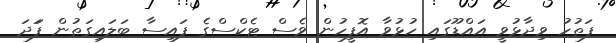
ފަތުުހު ވިދާޅުވީ އައްޑޫގައި ހުޅުވާ އޮފީހުން ވެސް ޓެކްސްގެ ފައިސާ ބަލައިގަތުން ފަަދަ